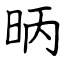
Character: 昞